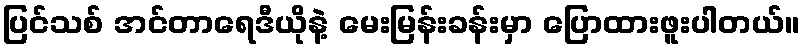
ပြင်သစ် အင်တာရေဒီယိုနဲ့ မေးမြန်းခန်းမှာ ပြောထားဖူးပါတယ်။